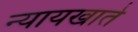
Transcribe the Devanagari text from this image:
न्यायखाते